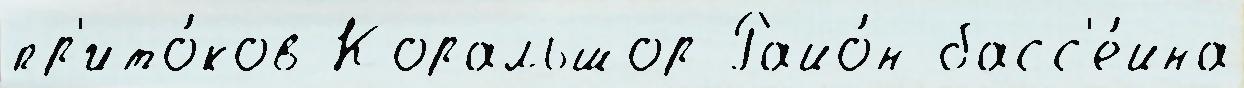
пр'ито́ков Коральшор Райо́н басс'е́йна